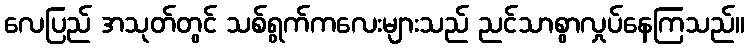
လေပြည် အသုတ်တွင် သစ်ရွက်ကလေးများသည် ညင်သာစွာလှုပ်နေကြသည်။